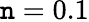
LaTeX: \mathtt{n}=0.1